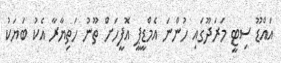
އައްޑޫ ސިޓީ މަރަދޫގައި ހުންނަ އެމްޑީޕީ އޮފީހަށް ތޫނު ހަތިޔާރާ އެކު ބަޔަކު